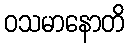
ဝသမာနောတိ